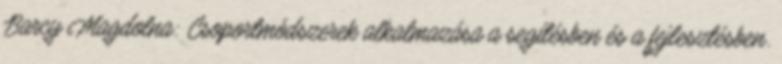
Barcy Magdolna: Csoportmódszerek alkalmazása a segítésben és a fejlesztésben.